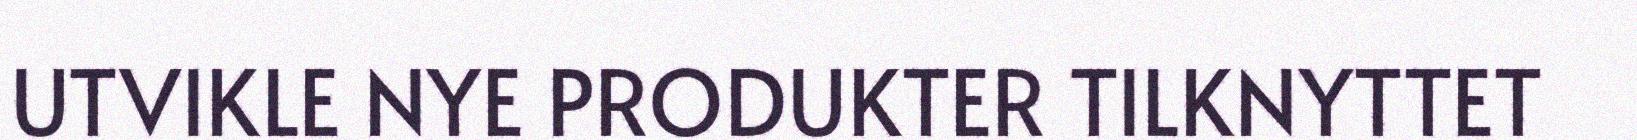
UTVIKLE NYE PRODUKTER TILKNYTTET